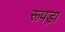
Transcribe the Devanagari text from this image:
रूपड़ा